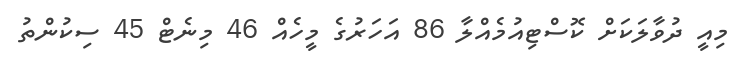
މިއީ ދުވާލަކަށް ކޮސްޓިއުމެއްލާ 86 އަހަރުގެ މީހެއް 46 މިނެޓް 45 ސިކުންތު